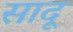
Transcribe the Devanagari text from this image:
सादू